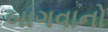
બાગવાનો